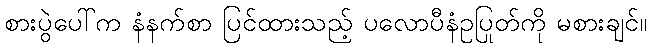
စားပွဲပေါ်က နံနက်စာ ပြင်ထားသည့် ပလောပီနံဥပြုတ်ကို မစားချင်။